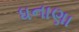
ધનાણા